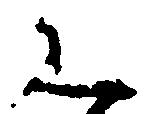
く